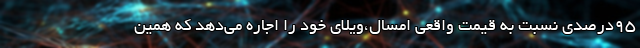
۹۵درصدی نسبت به قیمت واقعی امسال،ویلای خود را اجاره می‌دهد که همین